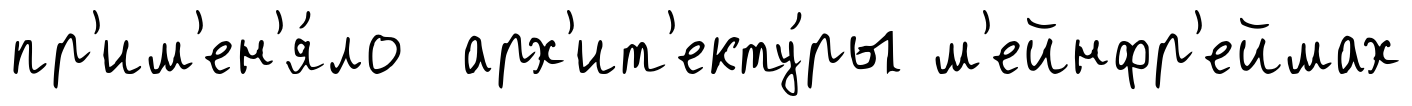
пр'им'ен'я́ло арх'ит'екту́ры м'ейнфр'еймах